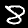
Digit: 8